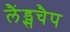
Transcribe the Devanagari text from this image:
लैंड्सचैप